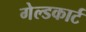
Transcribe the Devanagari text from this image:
गेल्डकार्ट